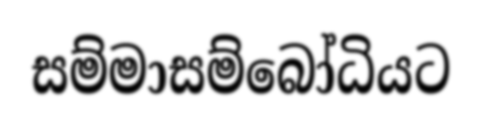
සම්මාසම්බෝධියට